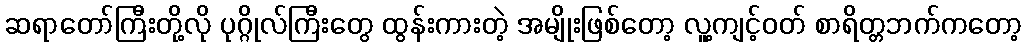
ဆရာတော်ကြီးတို့လို ပုဂ္ဂိုလ်ကြီးတွေ ထွန်းကားတဲ့ အမျိုးဖြစ်တော့ လူ့ကျင့်ဝတ် စာရိတ္တဘက်ကတော့